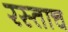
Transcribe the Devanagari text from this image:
रस्ताच